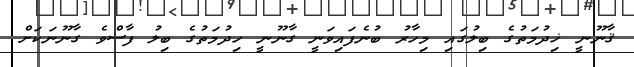
ޤާނޫނީ ޚިދުމަތުގެ ބިލުގައި މިހާރު ބުނެފައިވަނީ ގާނޫނީ ހިދުމަތުގެ ބިލު ފާސްވެ ގާނޫނަކަށް